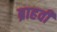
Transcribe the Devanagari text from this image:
ब्राहवी